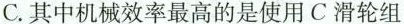
C.其中机械效率最高的是使用C滑轮组